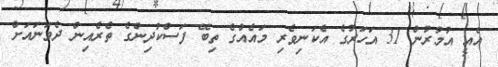
އެއީ އުމުރުން 31 އަހަރުގެ އެކަނިވެރި މައެއްގެ ތިބޭ ފަސްކުދިންގެ ތެރެއިން ދެވަނައަށް